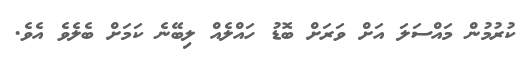
ކުރުމުން މައްސަލަ އަށް ވަރަށް ބޮޑު ހައްލެއް ލިބޭނެ ކަމަށް ބެލެވެ އެވެ.